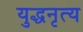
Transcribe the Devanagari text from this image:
युद्धनृत्य